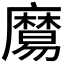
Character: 𪎧